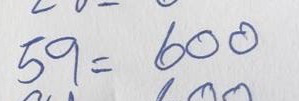
59 = 600